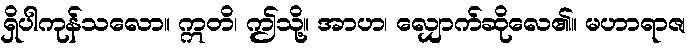
ရှိပါကုန်သလော။ ဣတိ၊ ဤသို့။ အာဟ၊ လျှောက်ဆိုလေ၏။ မဟာရာဇ၊